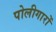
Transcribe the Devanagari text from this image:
पोलीगारों